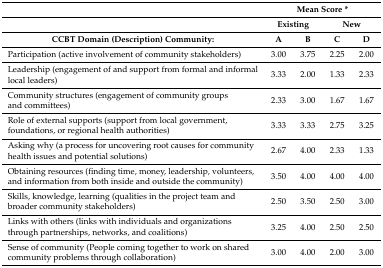
<table><thead><tr><td></td><td colspan="4"><b>Mean Score *</b></td></tr><tr><td></td><td colspan="2"><b>Existing</b></td><td colspan="2"><b>New</b></td></tr><tr><td><b>CCBT Domain (Description) Community:</b></td><td><b>A</b></td><td><b>B</b></td><td><b>C</b></td><td><b>D</b></td></tr></thead><tbody><tr><td>Participation (active involvement of community stakeholders)</td><td>3.00</td><td>3.75</td><td>2.25</td><td>2.00</td></tr><tr><td>Leadership (engagement of and support from formal and informal local leaders)</td><td>3.33</td><td>2.00</td><td>1.33</td><td>2.33</td></tr><tr><td>Community structures (engagement of community groups and committees)</td><td>2.33</td><td>3.00</td><td>1.67</td><td>1.67</td></tr><tr><td>Role of external supports (support from local government, foundations, or regional health authorities)</td><td>3.33</td><td>3.33</td><td>2.75</td><td>3.25</td></tr><tr><td>Asking why (a process for uncovering root causes for community health issues and potential solutions)</td><td>2.67</td><td>4.00</td><td>2.33</td><td>1.33</td></tr><tr><td>Obtaining resources (finding time, money, leadership, volunteers, and information from both inside and outside the community)</td><td>3.50</td><td>4.00</td><td>4.00</td><td>4.00</td></tr><tr><td>Skills, knowledge, learning (qualities in the project team and broader community stakeholders)</td><td>2.50</td><td>3.50</td><td>2.50</td><td>3.00</td></tr><tr><td>Links with others (links with individuals and organizations through partnerships, networks, and coalitions)</td><td>3.25</td><td>4.00</td><td>2.50</td><td>2.50</td></tr><tr><td>Sense of community (People coming together to work on shared community problems through collaboration)</td><td>3.00</td><td>4.00</td><td>2.00</td><td>3.00</td></tr></tbody></table>